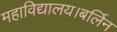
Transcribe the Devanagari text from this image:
महाविद्यालय।बर्लिन